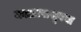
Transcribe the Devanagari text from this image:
काळापासूनचा